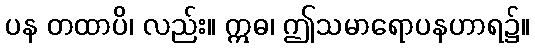
ပန တထာပိ၊ လည်း။ ဣဓ၊ ဤသမာရောပနဟာရ၌။